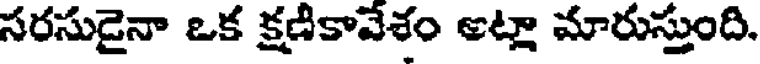
సరసుడైనా ఒక క్షణికావేశం అట్లా మారుస్తుంది.